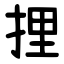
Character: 捚